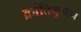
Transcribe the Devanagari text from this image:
क्रांतियुगीन